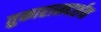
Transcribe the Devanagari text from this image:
तुकारामदर्शन